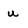
Character: u